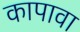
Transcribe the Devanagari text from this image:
कापावा